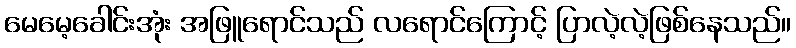
မေမေ့ခေါင်းအုံး အဖြူရောင်သည် လရောင်ကြောင့် ပြာလဲ့လဲ့ဖြစ်နေသည်။